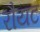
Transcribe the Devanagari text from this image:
रौयट